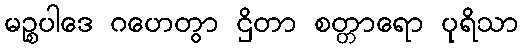
မဉ္စပါဒေ ဂဟေတွာ ဌိတာ စတ္တာရော ပုရိသာ